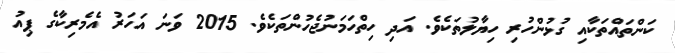
ކަންތައްތަކާއި ގުޅުންހުރި ހިޔާލުތަކެވެ. އަދި ހިތްހަމަނުޖެހުންތަކެވެ. 2015 ވަނަ އަހަރު އެމެރިކާގެ ޕިއު